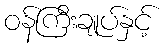
ဝန်ကြီးချုပ်နှင့်